Lunatic asylums Central Provinces reports 1886-1894 - 1886-1894
Year: 1886
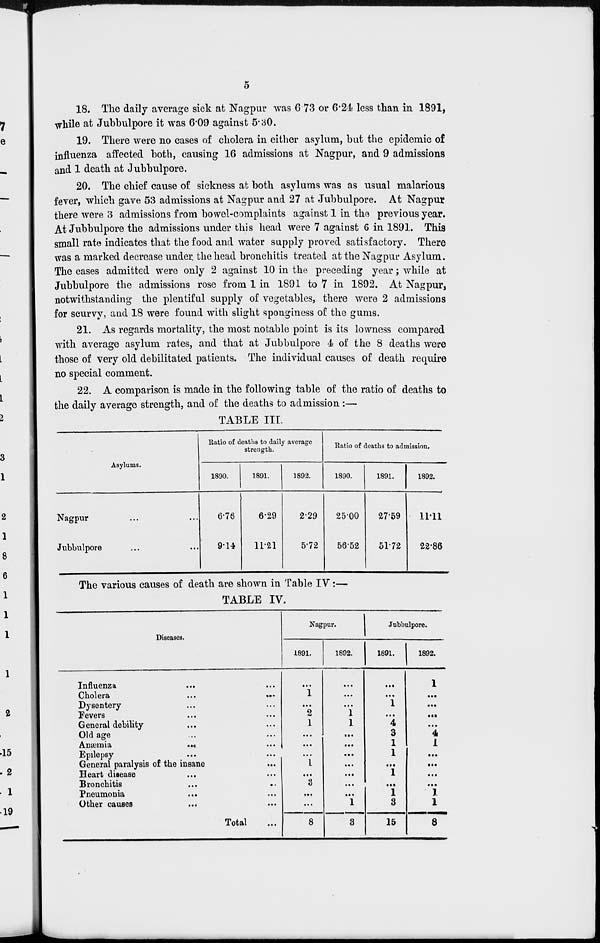
5
18. The daily average sick at Nagpur was 6.73 or 6.24 less than in 1891,
while at Jubbulpore it was 6.09 against 5.30.
19. There were no cases of cholera in either asylum, but the epidemic of
influenza affected both, causing 16 admissions at Nagpur, and 9 admissions
and 1 death at Jubbulpore.
20. The chief cause of sickness at both asylums was as usual malarious
fever, which gave 53 admissions at Nagpur and 27 at Jubbulpore. At Nagpur
there were 3 admissions from bowel-complaints against 1 in the previous year.
At Jubbulpore the admissions under this head were 7 against 6 in 1891. This
small rate indicates that the food and water supply proved satisfactory. There
was a marked decrease under the head bronchitis treated at the Nagpur Asylum.
The cases admitted were only 2 against 10 in the preceding year; while at
Jubbulpore the admissions rose from 1 in 1891 to 7 in 1892. At Nagpur,
notwithstanding the plentiful supply of vegetables, there were 2 admissions
for scurvy, and 18 were found with slight sponginess of the gums.
21. As regards mortality, the most notable point is its lowness compared
with average asylum rates, and that at Jubbulpore 4 of the 8 deaths were
those of very old debilitated patients. The individual causes of death require
no special comment.
22. A comparison is made in the following table of the ratio of deaths to
the daily average strength, and of the deaths to admission :—
TABLE III.
Asylums.
Nagpur ... ...
Jubbulpore ... ...
Ratio of deaths to daily average
strength.
1890.
6.76
9.14
1891.
6.29
11.21
1892.
2.29
5.72
Ratio of deaths to admission.
1890.
25.00
56.52
1891.
27.59
51.72
1892.
11.11
22.86
The various causes of death are shown in Table IV:—
TABLE IV.
Diseases.
Influenza ... ...
Cholera
...
...
Dysentery ... ...
Fevers ... ...
General debility ... ...
Old age ... ...
Anæmia ... ...
Epilepsy ... ...
General paralysis of the insane ...
Heart disease ... ...
Bronchitis ... ...
Pneumonia
...
...
Other causes ... ...
Total ...
Nagpur.
1891.
...
1
...
2
1
...
...
...
1
...
3
...
...
8
1892.
...
...
...
1
1
...
...
...
...
...
...
...
1
3
Jubbulpore.
1891.
...
...
1
...
4
3
1
1
...
1
...
1
3
15
1892.
1
...
...
...
...
4
1
...
...
...
...
1
1
8